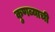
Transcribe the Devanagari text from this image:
कुणब्याची